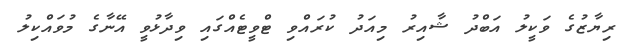
ރިޔާޒުގެ ވަކީލު އަބްދު ޝާއިރު މިއަދު ކުރައްވި ޓްވީޓެއްގައި ވިދާޅުވީ އޭނާގެ މުވައްކިލު